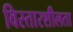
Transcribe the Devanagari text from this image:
विस्तारशीलता